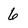
Character: 6